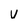
Character: V